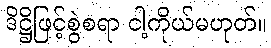
ဒိဋ္ဌိဖြင့်စွဲစရာ ငါ့ကိုယ်မဟုတ်။